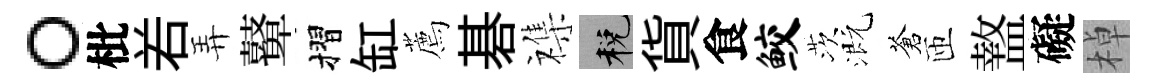
。枇𠰥弄鼙摺缸薦碁襍税貨食鲛茨溉蒼匝盩礙棹